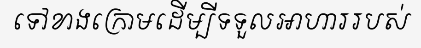
ទៅខាងក្រោមដើម្បីទទួលអាហាររបស់